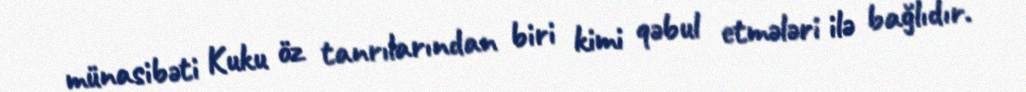
münasibəti Kuku öz tanrılarından biri kimi qəbul etmələri ilə bağlıdır.